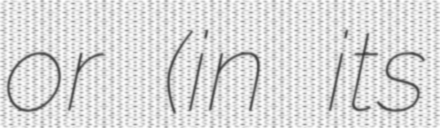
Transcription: or (in its